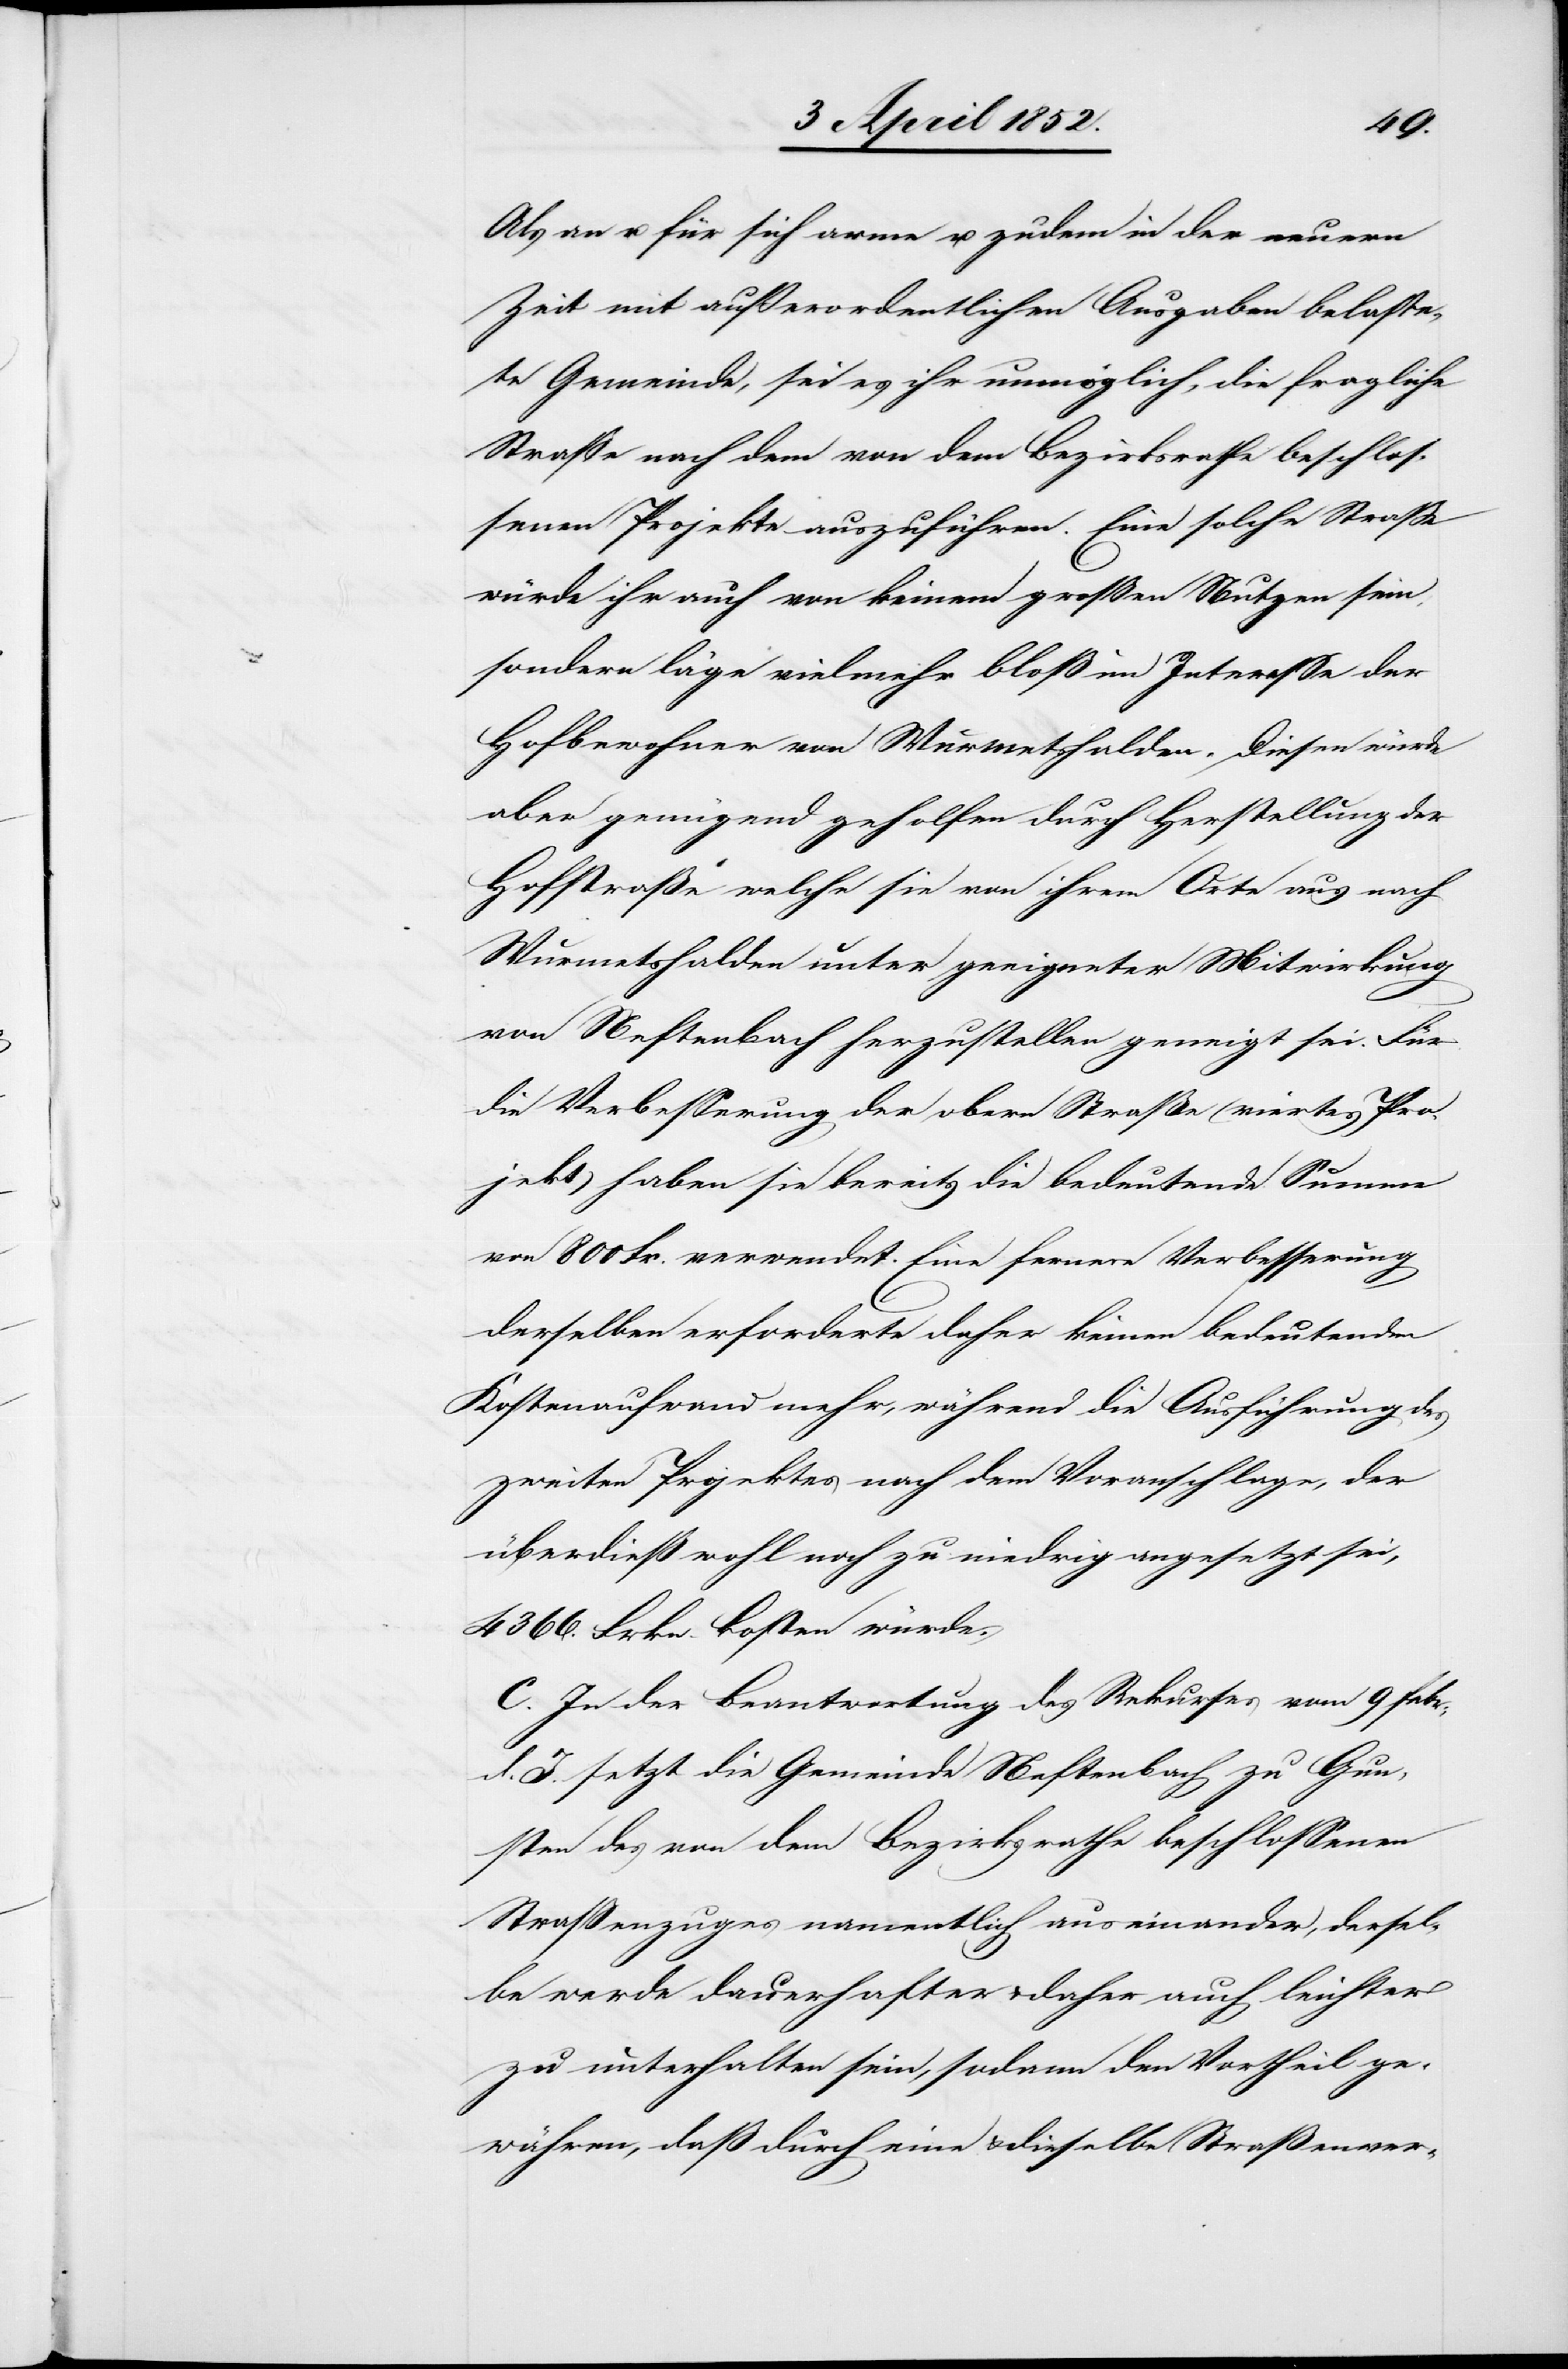
Als an u. für sich arme u. zudem in der neuern
Zeit mit außerordentlichen Ausgaben belaste¬
te Gemeinde, sei es ihr unmöglich, die fragliche
Strasse nach dem von dem Bezirksrathe beschlos¬
senen Projekte auszuführen. Eine solche Strasse
würde ihr auch von keinem grossen Nutzen sein,
sondern läge vielmehr bloß im Interesse der
Hofbewohner von Wurmetshalden. Diesen würde
aber genügend geholfen durch Herstellung der
Hofstraße welche sie von ihrem Orte aus nach
Wurmetshalden unter geeigneter Mitwirkung
von Neftenbach herzustellen geneigt sei. Für
die Verbesserung der obern Straße (viertes Pro¬
jekt) haben sie bereits die bedeutende Summe
von 800 Fr. verwendet. Eine fernere Verbesserung
derselben erforderte daher keinen bedeutenden
Kostenaufwand mehr, während die Ausführung des
zweiten Projektes nach dem Voranschlage, der
überdieß wohl noch zu niedrig angesetzt sei,
4366. Frkn. kosten würde.
C. In der Beantwortung des Rekurses vom 9 Febr:
d. J. setzt die Gemeinde Neftenbach zu Gun¬
sten des von dem Bezirksrathe beschlossenen
Strassenzuges namentlich auseinander, dersel¬
be werde dauerhafter & daher auch leichter
zu unterhalten sein, sodann den Vortheil ge¬
währen, dass durch eine & dieselbe Straßenver-